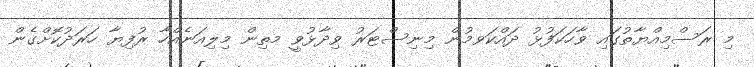
މި ރަސްމިއްޔާތުގައި ވާހަކަފުޅު ދައްކަވމުން މިނިސްޓަރު ވިދާޅުވީ މތިން މިލިއަނެއްހާ ރުފިޔާ ހަރަދުކޮށްގެން